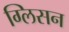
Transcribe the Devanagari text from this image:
ग्लिसन